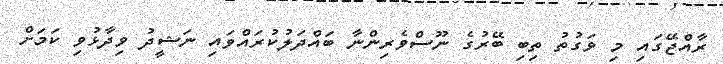
ރާއްޖޭގައި މި ވަގުތު ތިބި ބޭރުގެ ނޫސްވެރިންނާ ބައްދަލުކުރައްވައި ނަޝީދު ވިދާޅުވި ކަމަށް